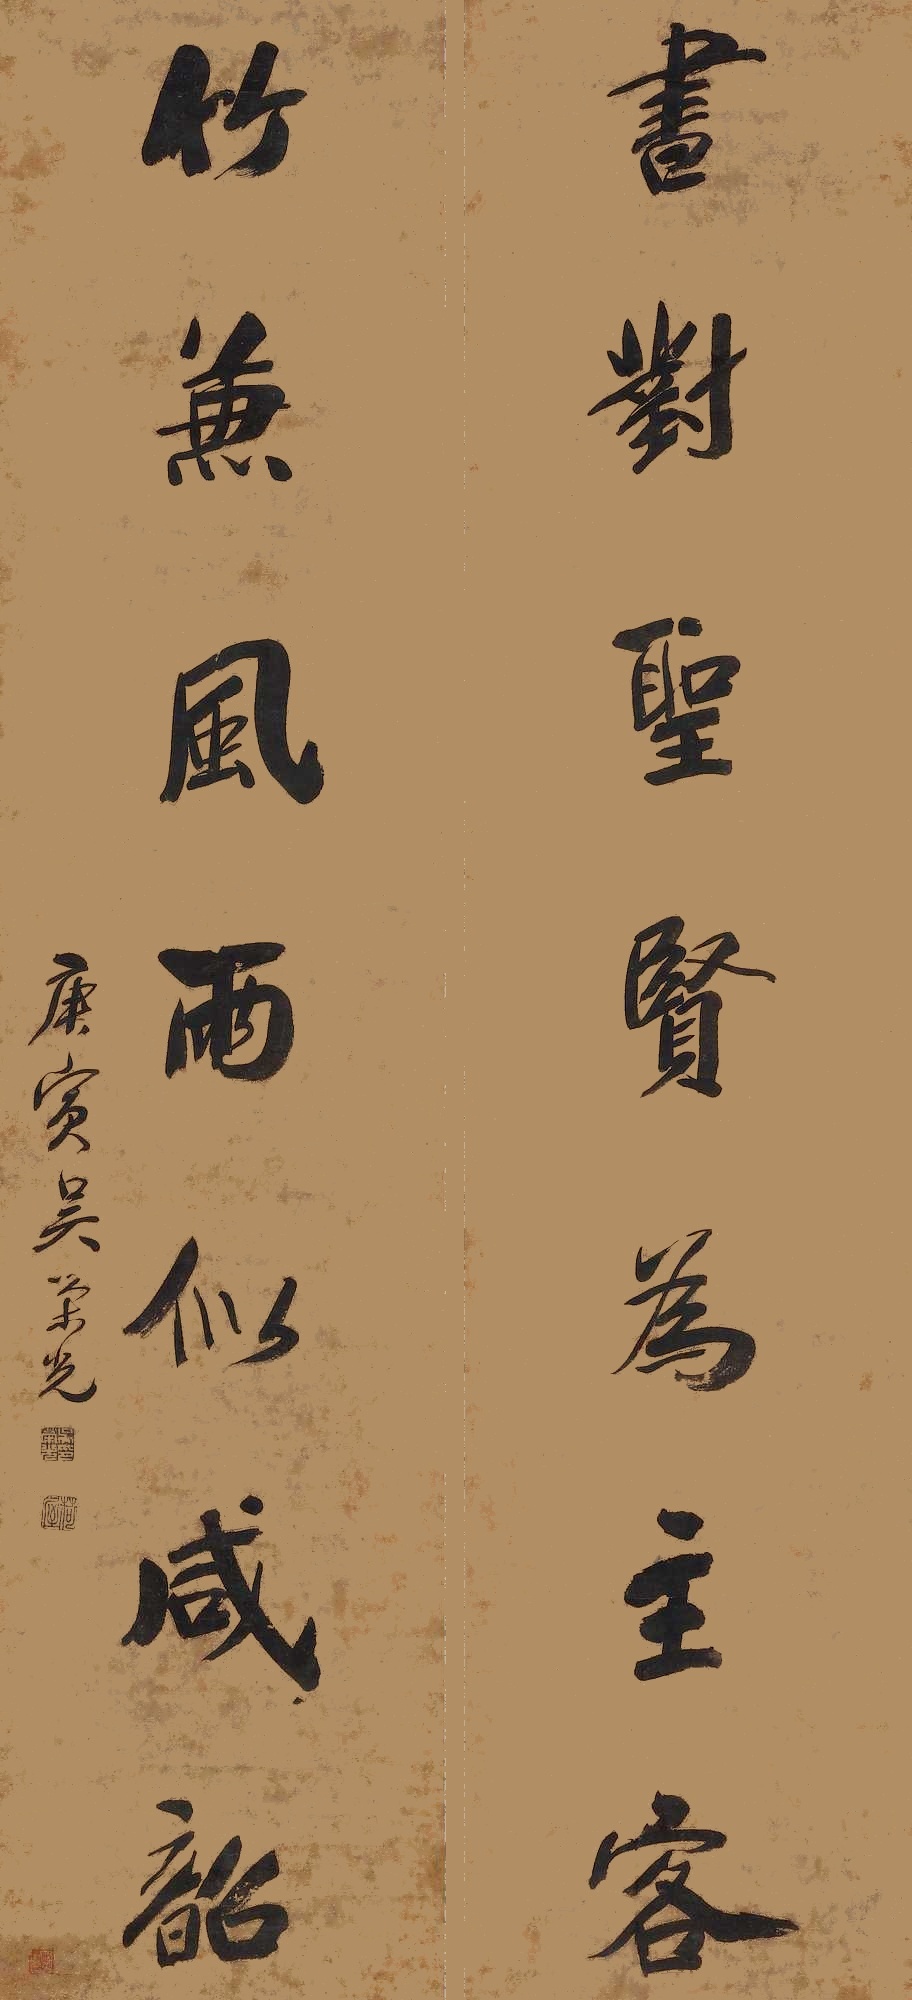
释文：书对圣贤为主客，竹兼风雨似咸韶庚寅吴荣光。